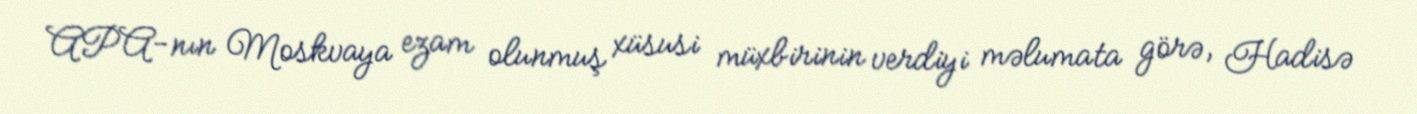
APA-nın Moskvaya ezam olunmuş xüsusi müxbirinin verdiyi məlumata görə, Hadisə